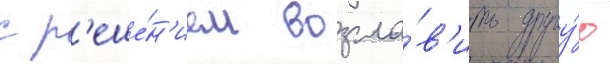
с р'еше́н'ием возгла́в'ить другу́ю